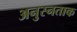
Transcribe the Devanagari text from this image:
अनुस्नताक